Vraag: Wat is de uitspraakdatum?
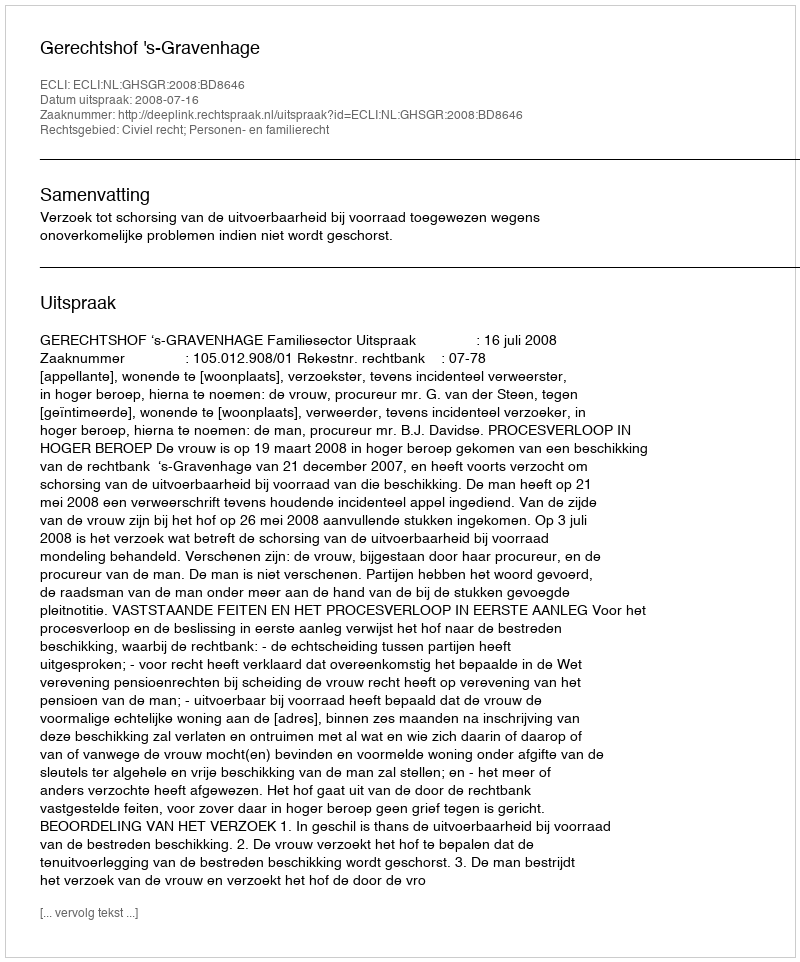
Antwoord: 2008-07-16